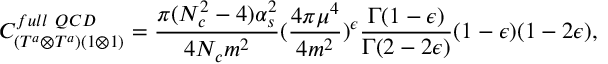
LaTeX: C _ { ( T ^ { a } \otimes T ^ { a } ) ( 1 \otimes 1 ) } ^ { f u l l ~ Q C D } = \frac { \pi ( N _ { c } ^ { 2 } - 4 ) \alpha _ { s } ^ { 2 } } { 4 N _ { c } m ^ { 2 } } ( \frac { 4 \pi \mu ^ { 4 } } { 4 m ^ { 2 } } ) ^ { \epsilon } \frac { \Gamma ( 1 - \epsilon ) } { \Gamma ( 2 - 2 \epsilon ) } ( 1 - \epsilon ) ( 1 - 2 \epsilon ) ,